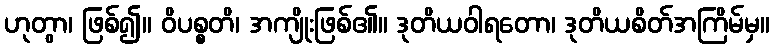
ဟုတွာ၊ ဖြစ်၍။ ဝိပစ္စတိ၊ အကျိုးဖြစ်၏။ ဒုတိယဝါရတော၊ ဒုတိယစိတ်အကြိမ်မှ။